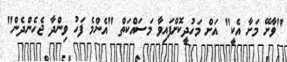
"ވާށޭ މަށާ އެކީ" އަށް މަހުދީކޮށްފައިވާ މަސައްކަތް "އެންމެ ފަހު ވިންދާ ޖެހެންދެން"